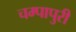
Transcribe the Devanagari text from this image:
चम्‍पापुरी